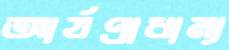
আর্যপ্রাধান্য